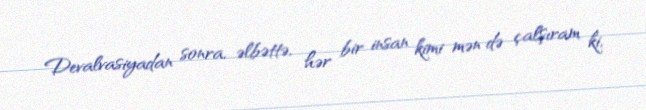
Devalvasiyadan sonra, əlbəttə, hər bir insan kimi mən də çalşıram ki,